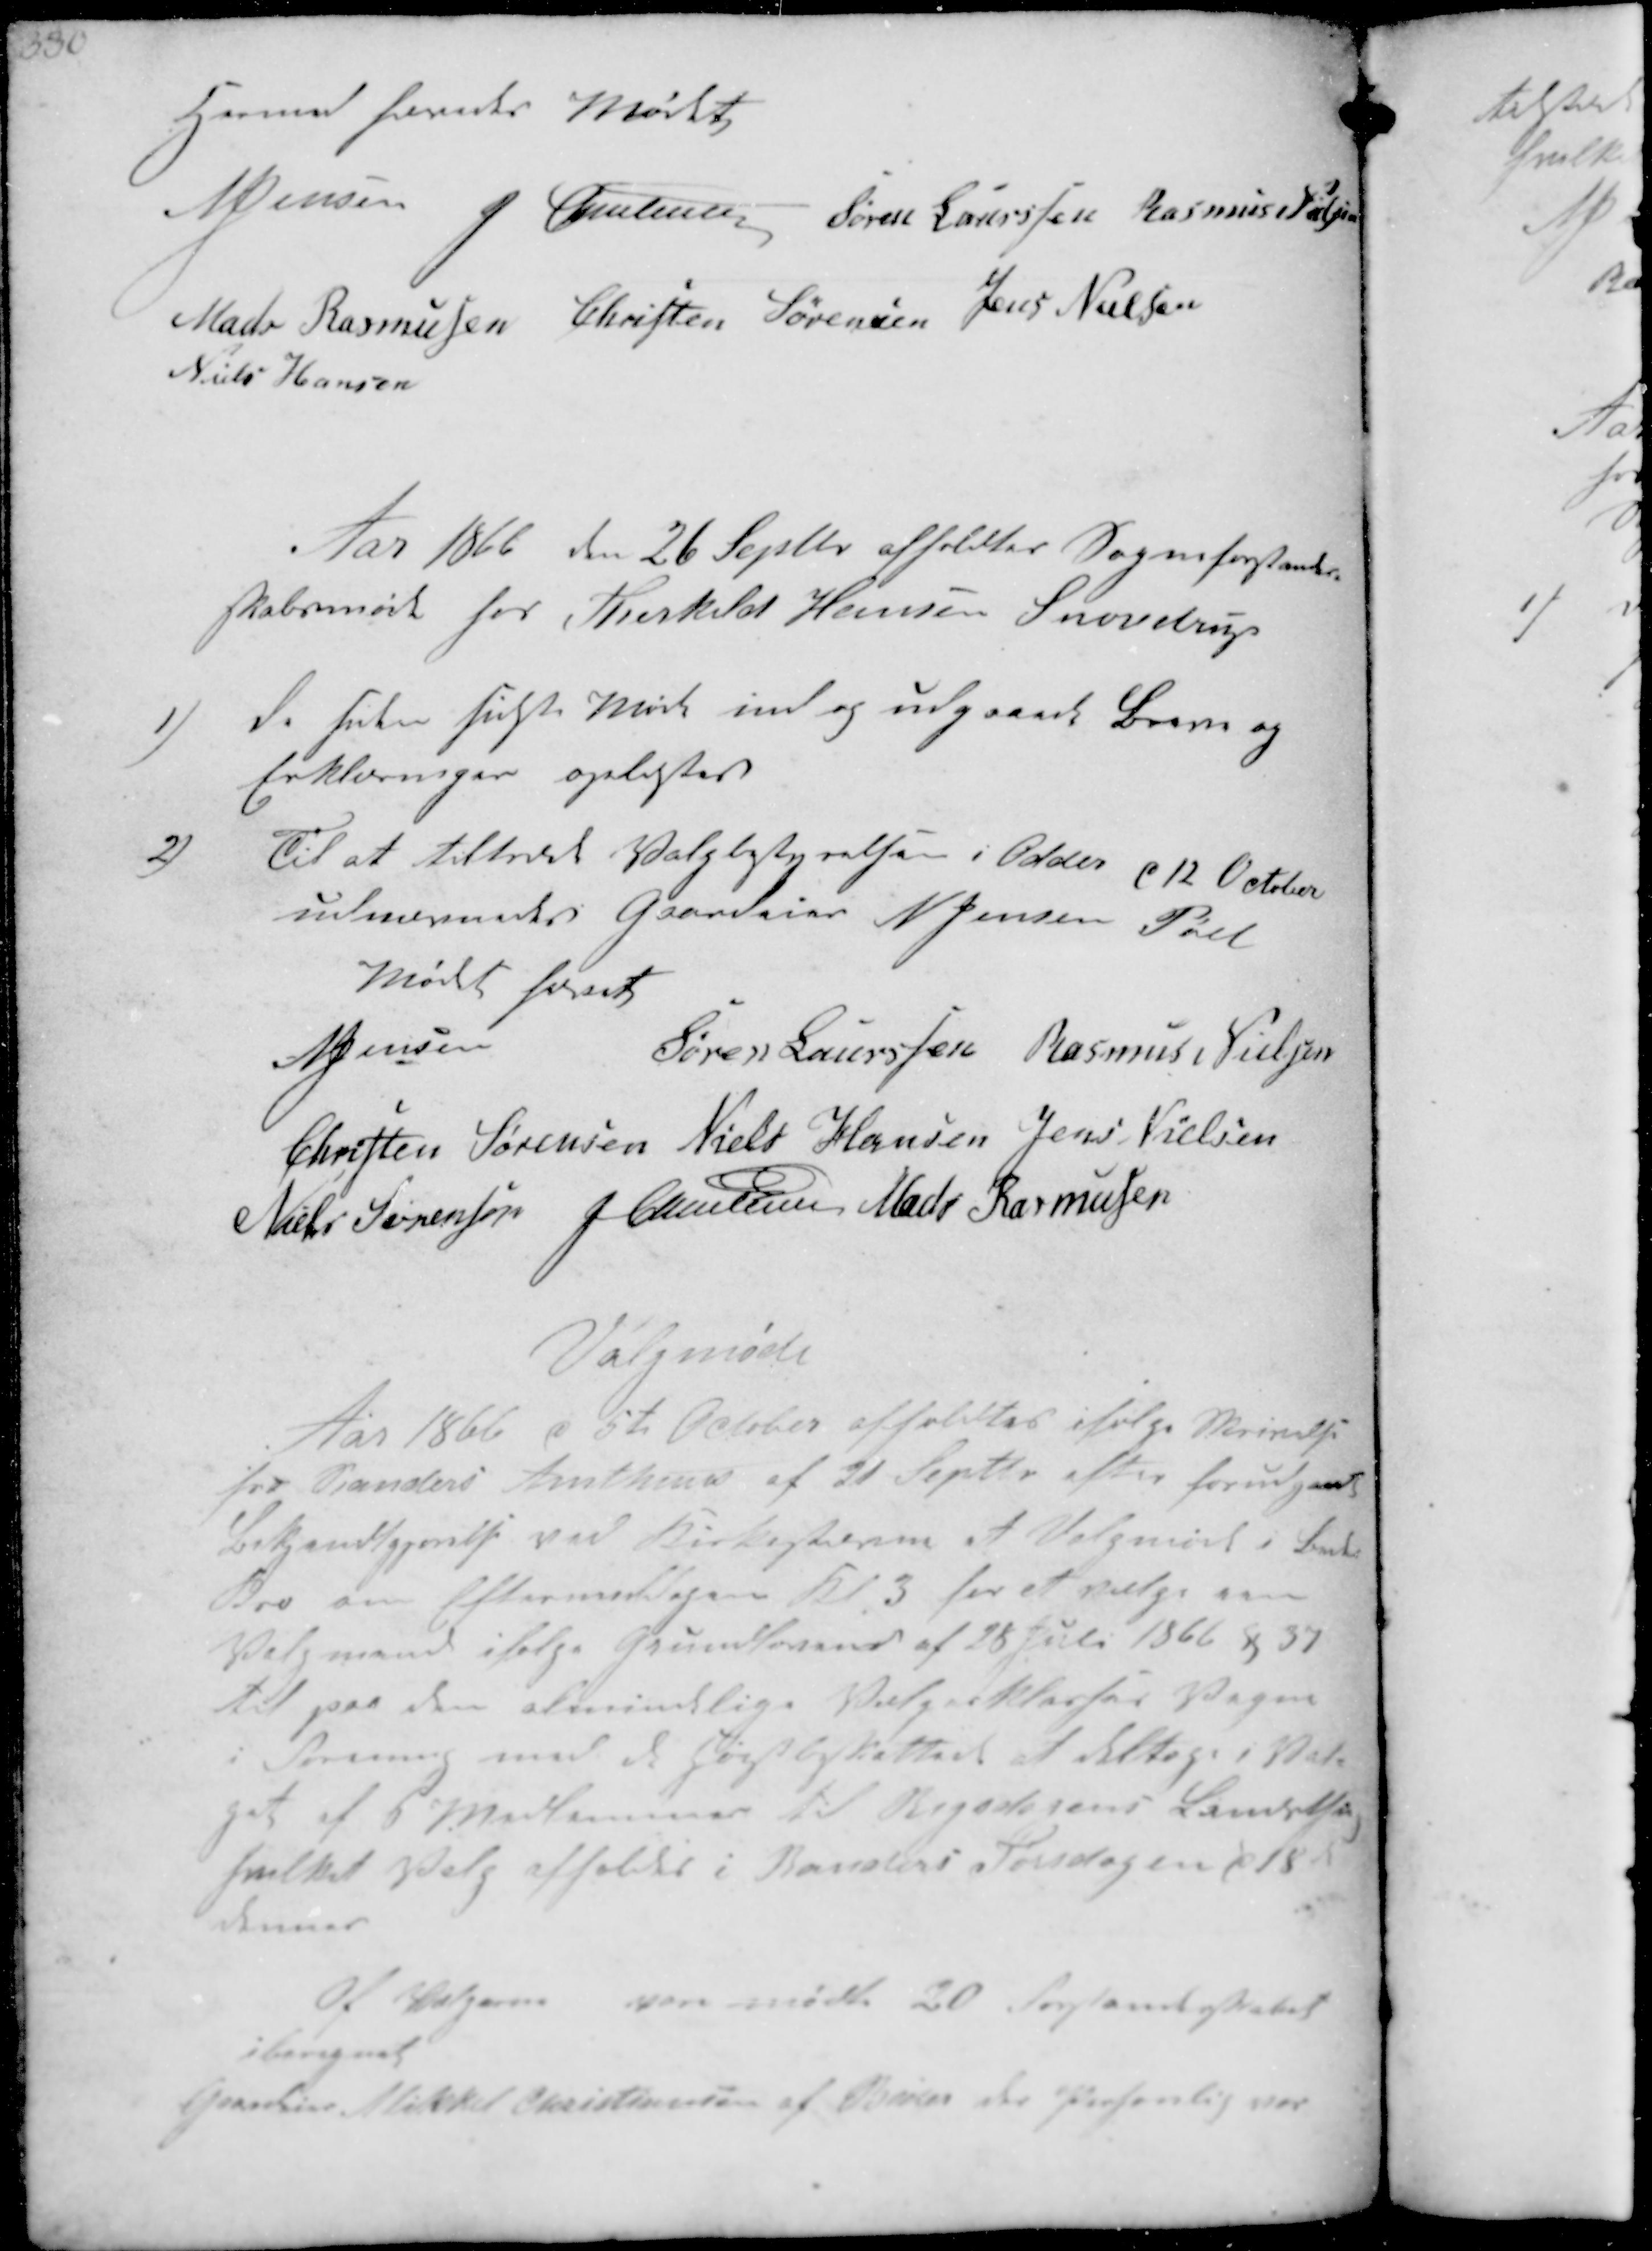
Transskription:
Hermed hævedes Mødet
N Jensen
J Christensen
Søren Laursen
Rasmus Nielsen
Mads Rasmussen
Christen Sørensen
Jens Nielsen
Niels Hansen
Aar 1866 den 26 Septbr afholdtes Sogneforstander-
skabsmøde hos Thorkild Hansen Snovdrup
1)
De siden sidste Møde ind og udgaaede Breve og
Erklæringer oplæstes
2)
Til at tiltræde Valgbestyrelsen i Odder d 12 October
udnevnedes Gaardeier N Jensen Pøel
Mødet hævet
N. Jensen
Søren Laurssen
Rasmus Nielsen
Christen Sørensen
Niels Hansen
Jens Nielsen
Niels Sørensen
J Christensen
Mads Rasmussen

Valgmøde
Aar 1866 d 5te Oktober afholdtes ifølge Skrivelse
fra Randers Amtsraad af 21 Septr efter forudgaaet
Bekjendgjørelse ved Kirkestævne et Valgmøde i 
Kro om Eftermiddagen kl. 3 for at vælge som
Valgmænd ifølge Grundloven af 25 Juni 1866 §37
til paa den almindlige  
i     at deltage i Val-
get af 5 medlemmer til  
 Valg afholdes i Randers torsdagen d 18 Ja-
nuar
Af Vælgere var mødt 20 Forstanderskabet
iberegnet
Gaardeier Mikkel Christiansen af Beder der personlig var